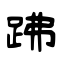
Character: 𧿳